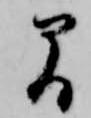
間